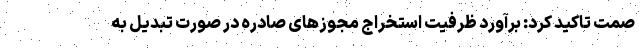
صمت تاکید کرد: برآورد ظرفیت استخراج مجوزهای صادره در صورت تبدیل به